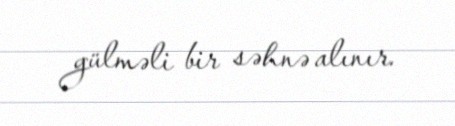
gülməli bir səhnə alınır.